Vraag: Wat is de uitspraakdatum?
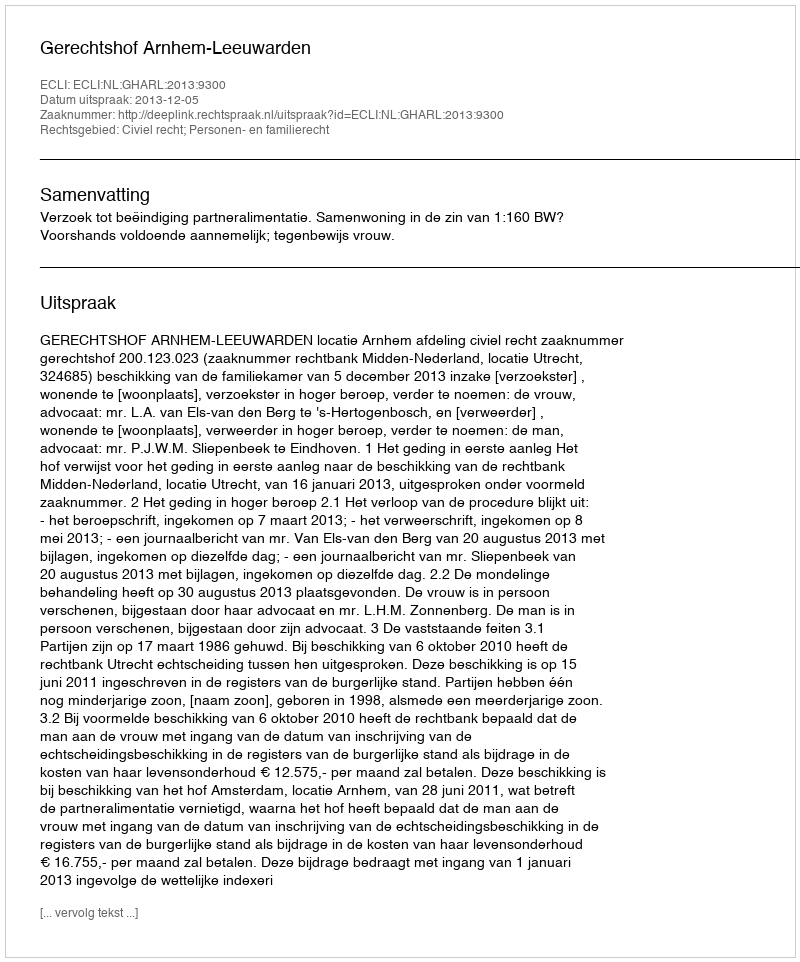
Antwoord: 2013-12-05